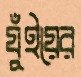
যুঁইয়ের